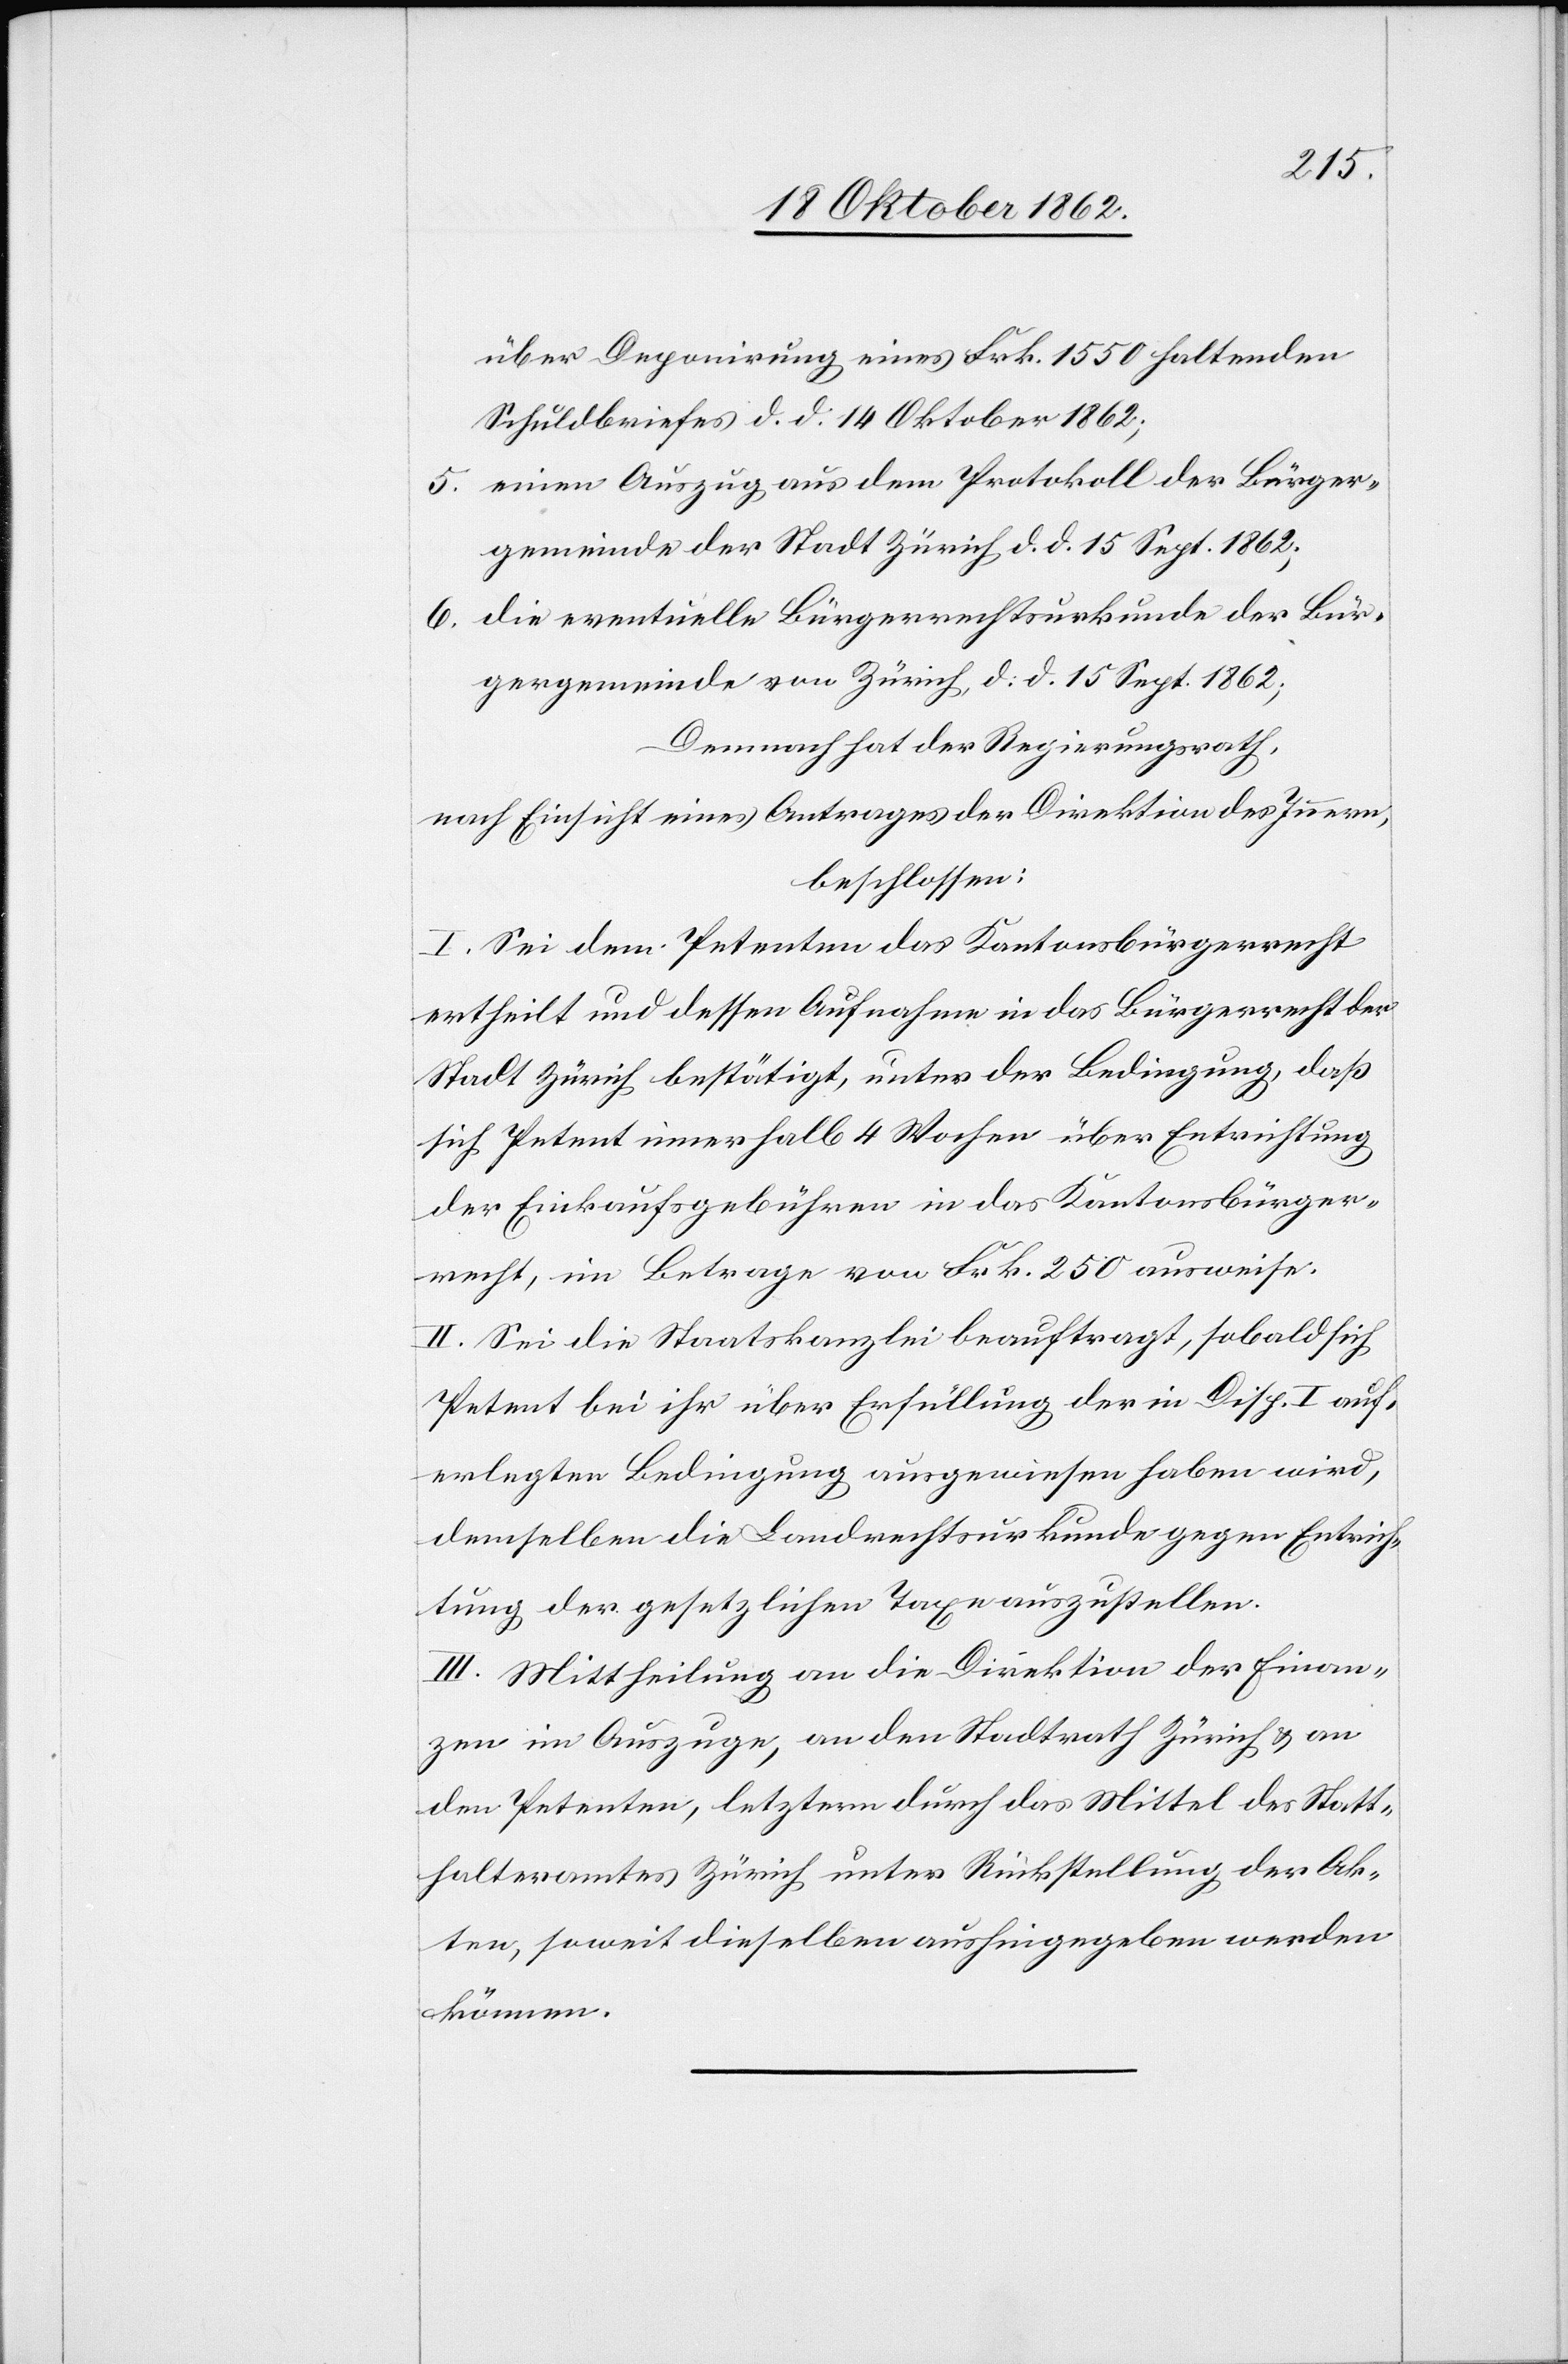
über Deponirung eines Frk. 1550 haltenden
Schuldbriefes d. d. 14. Oktober 1862;
5. einen Auszug aus dem Protokoll der Bürger¬
gemeinde der Stadt Zürich d. d. 15. Sept. 1862;
6. die eventuelle Bürgerrechtsurkunde der Bür¬
gergemeinde von Zürich, d. d. 15. Sept. 1862;
Demnach hat der Regierungsrath,
nach Einsicht eines Antrages der Direktion des Innern,
beschlossen:
I. Sei dem Petenten das Kantonsbürgerrecht
ertheilt und dessen Aufnahme in das Bürgerrecht der
Stadt Zürich bestätigt, unter der Bedingung, daß
sich Petent innerhalb 4 Wochen über Entrichtung
der Einkaufsgebühren in das Kantonsbürger¬
recht, im Betrage von Frk. 250 ausweise.
II. Sei die Staatskanzlei beauftragt, sobald sich
Petent bei ihr über Erfüllung der in Disp. I auf¬
erlegten Bedingung ausgewiesen haben wird,
demselben die Landrechtsurkunde gegen Entrich¬
tung der gesetzlichen Taxe auszustellen.
III. Mittheilung an die Direktion der Finan¬
zen im Auszuge, an den Stadtrath Zürich u. an
den Petenten, letztern durch das Mittel des Statt¬
halteramtes Zürich unter Rückstellung der Ak¬
ten, soweit dieselben aushingegeben werden
können.